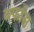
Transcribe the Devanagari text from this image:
बर्फास